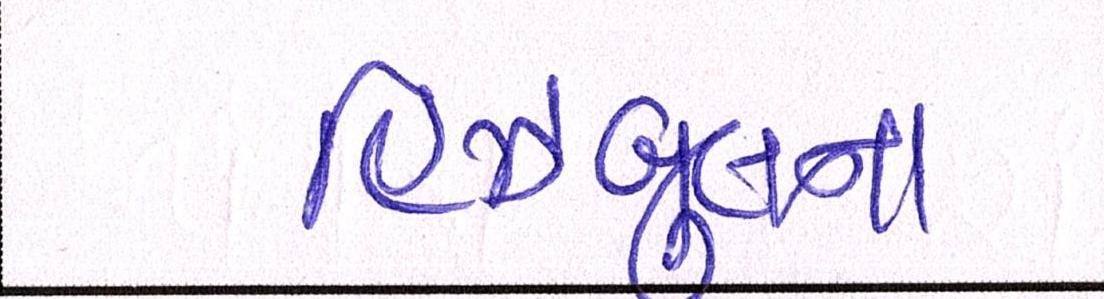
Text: હિઝબુલના